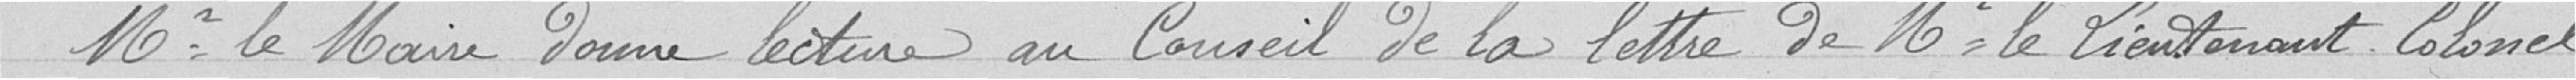
Mr le Maire donne lecture au Conseil de la lettre de Mr le Lieutenant-Colonel